Civil Veterinary Department. Madras. Admin. report 1910-25 - 1910-1925
Year: 1910
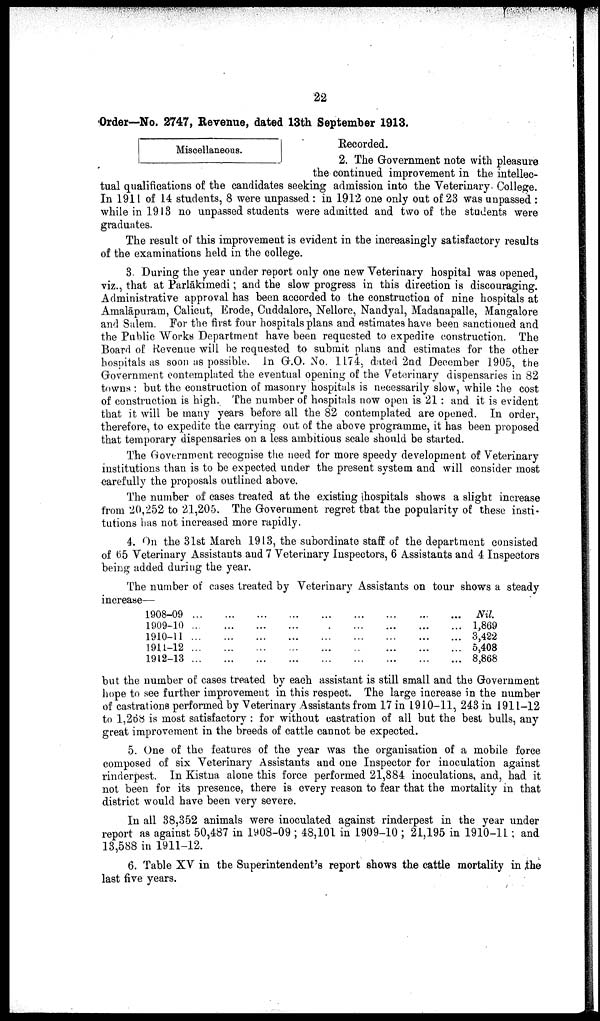
22
Order—No. 2747, Revenue, dated 13th September 1913.
Miscellaneous.
Recorded.
2. The Government note with pleasure
the continued improvement in the intellec
tual qualifications of the candidates seeking admission into the Veterinary. College.
In 1911 of 14 students, 8 were unpassed: in 1912 one only out of 23 was unpassed :
while in 1913 no unpassed students were admitted and two of the students were
graduates.
The result of this improvement is evident in the increasingly satisfactory results
of the examinations held in the college.
3. During the year under report only one new Veterinary hospital was opened,
viz., that at Pariākimedi; and the slow progress in this direction is discouraging.
Administrative approval has been accorded to the construction of nine hospitals at
Amalāpuram, Calicut, Erode, Cuddalore, Nellore, Nandyal, Madanapalle, Mangalore
and Salem. For the first four hospitals plans and estimates have been sanctioned and
the Public Works Department have been requested to expedite construction. The
Board of Revenue will be requested to submit plans and estimates for the other
hospitals as soon as possible. In G.O. No. 1174, dated 2nd December 1905, the
Government contemplated the eventual opening of the Veterinary dispensaries in 82
towns: but the construction of masonry hospitals is necessarily slow, while the cost
of construction is high. The number of hospitals now open is 21: and it is evident
that it will be many years before all the 82 contemplated are opened. In order,
therefore, to expedite the carrying out of the above programme, it has been proposed
that temporary dispensaries on a less ambitious scale should be started.
The Government recognise the need for more speedy development of Veterinary
institutions than is to be expected under the present system and will consider most
carefully the proposals outlined above.
The number of cases treated at the existing hospitals shows a slight increase
from 20,252 to 21,205. The Government regret that the popularity of these insti
tutions has not increased more rapidly.
4. On the 31st March 1913, the subordinate staff of the department consisted
of 65 Veterinary Assistants and 7 Veterinary Inspectors, 6 Assistants and 4 Inspectors
being added during the year.
The number of cases treated by Veterinary Assistants on tour shows a steady
increase—
1908-09 ... ... ... ... ... ... ... ... ...
1909-10 ... ... ... ... ... ... ... ... ...
1910-11 ... ... ... ... ... ... ... ... ... ... ...
1911-12 ... ... ... ... ... ... ... ... ...
1912-13 ... ... ... ... ... ... ... ... ...
Nil.
1,869
3,422
5,408
8,868
but the number of cases treated by each assistant is still small and the Government
hope to see further improvement in this respect. The large increase in the number
of castrations performed by Veterinary Assistants from 17 in 1910-11, 243 in 1911-12
to 1,268 is most satisfactory: for without castration of all but the best bulls, any
great improvement in the breeds of cattle cannot be expected.
5. One of the features of the year was the organisation of a mobile force
composed of six Veterinary Assistants and one Inspector for inoculation against
rinderpest. In Kistna alone this force performed 21,884 inoculations, and, had it
not been for its presence, there is every reason to fear that the mortality in that
district would have been very severe.
In all 38,352 animals were inoculated against rinderpest in the year under
report as against 50,487 in 1908-09 ; 48,101 in 1909-10; 21,195 in 1910-11; and
13,588 in 1911-12.
6. Table XV in the Superintendent's report shows the cattle mortality in the
last five years.